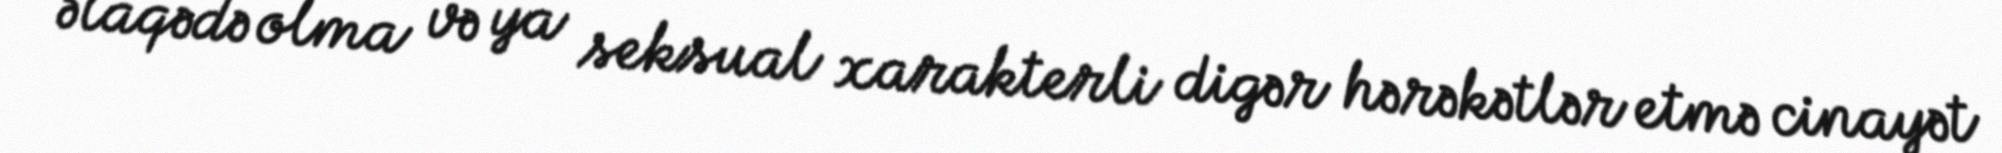
əlaqədə olma və ya seksual xarakterli digər hərəkətlər etmə cinayət